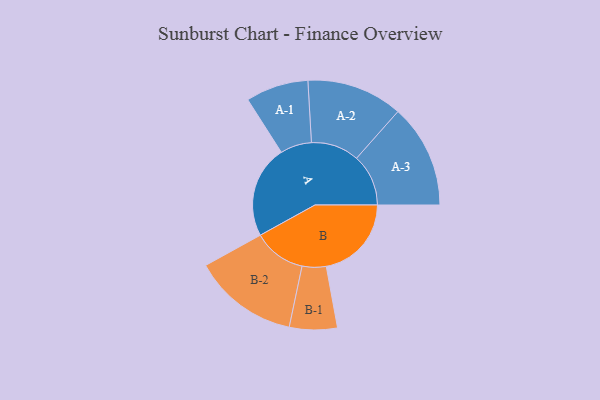
{"axis": {"x": "Segment", "y": "Value"}, "legend": ["", "A", "B"], "data": [{"x": "A", "y": 460, "type": ""}, {"x": "B", "y": 424, "type": ""}, {"x": "A-1", "y": 156, "type": "A"}, {"x": "A-2", "y": 239, "type": "A"}, {"x": "A-3", "y": 258, "type": "A"}, {"x": "B-1", "y": 119, "type": "B"}, {"x": "B-2", "y": 262, "type": "B"}]}